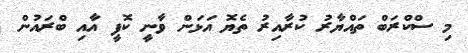
މި ސްކްރަބް ތައްޔާރު ކުރާއިރު ތެޔޮ އަޅަން ވާނީ ކޮފީ އާއި ބްރައުން